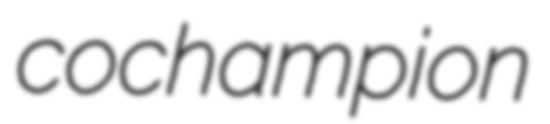
cochampion